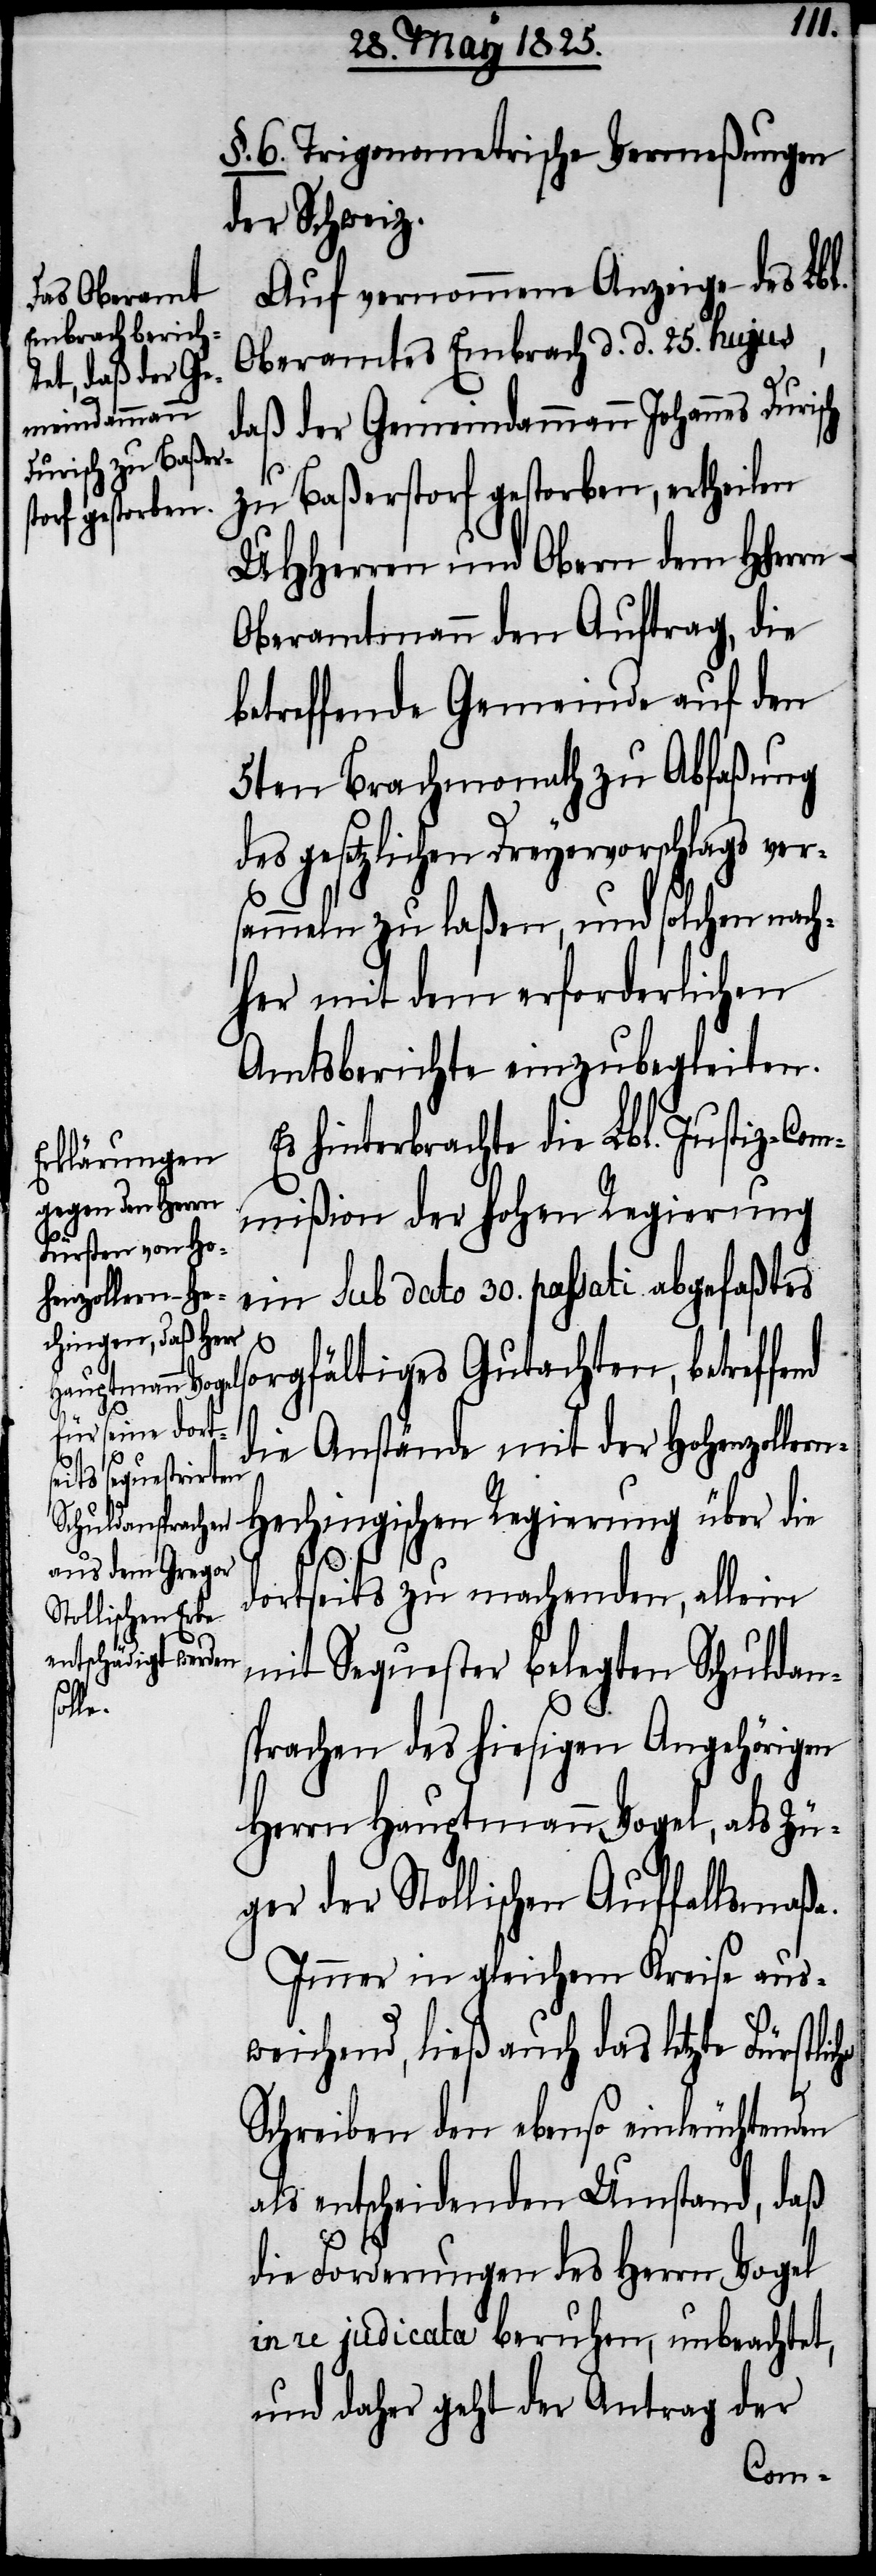
§. 6. Trigonometrische Vermeßungen
der Schweiz.
Auf vernommene Anzeige des Lbl.
Oberamtes Embrach d. d. 25. hujus,
daß der Gemeindammann Johannes Duri¬
zu Baßerstorf gestorben, ertheilen
UHHerren und Obern dem HHerrn
Oberamtmann den Auftrag, die
betreffende Gemeinde auf den
5ten Brachmonath zu Abfaßung
des gesetzlichen Dreyervorschlags ver¬
sammeln zu laßen, und solchen nach¬
her mit dem erforderlichen
Amtsberichte einzubegleiten.
Es hinterbrachte die Lbl. Justiz-Com¬
mißion der hohen Regierung
ein sub dato 30. passati abgefaßtes
sorgfältiges Gutachten, betreffend
die Anstände mit der Hohenzoller¬
sch
echingischen Regierung über die
dortseits zu machenden, allein
mit Sequester belegten Schulden¬
iche
sprachen des hiesigen Angehörigen
Herrn Hauptmann Vogel, als Zü¬
ger der Stollischen Auffallsmaßa.
Immer in gleichem Kreise aus¬
weichend, ließ auch das letzte Fürstl¬
Schreiben den ebenso einleuchtenden
als entscheidenden Umstand, daß
die Forderungen des Herrn Vogel
in re judicata beruhen, unbeachtet,
und daher geht der Antrag der